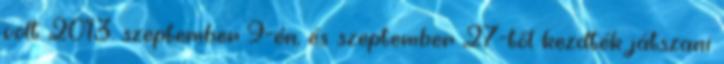
volt 2013. szeptember 9-én, és szeptember 27-től kezdték játszani